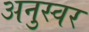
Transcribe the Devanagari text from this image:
अनुस्वर